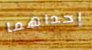
إحداهما